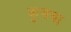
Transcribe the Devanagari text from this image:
कुसवा